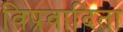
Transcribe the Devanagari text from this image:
विप्रवादिता